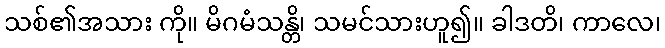
သစ်၏အသား ကို။ မိဂမံသန္တိ၊ သမင်သားဟူ၍။ ခါဒတိ၊ ကာလေ၊